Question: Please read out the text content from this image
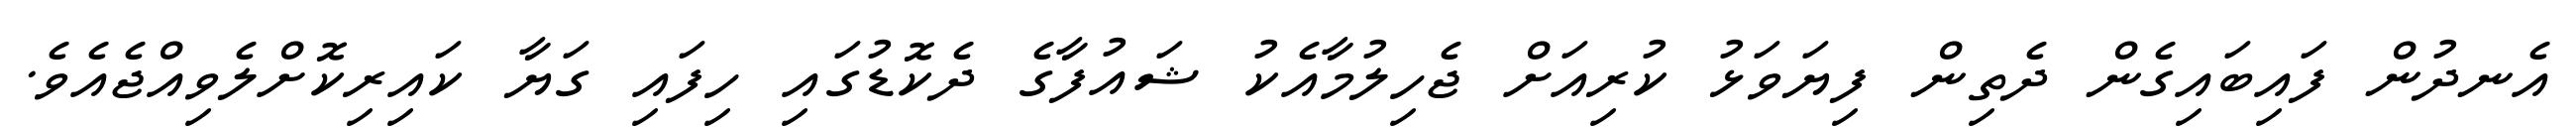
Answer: އެނދުން ފައިބައިގެން ދެތިން ފިޔަވަޅު ކުރިއަށް ޖެހިލުމާއެކު ޝައުފާގެ ދެކޮޑުގައި ހިފައި ގަޔާ ކައިރިކޮށްލެވިއްޖެއެވެ.